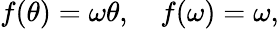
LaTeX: f(\theta)=\omega\theta,\quad f(\omega)=\omega,